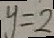
y = 2